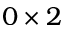
0 \times 2